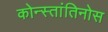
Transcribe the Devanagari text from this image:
कोन्स्तांतिनोस